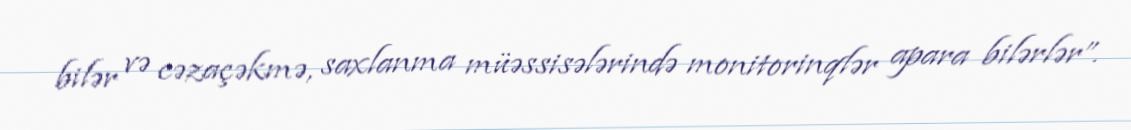
bilər və cəzaçəkmə, saxlanma müəssisələrində monitorinqlər apara bilərlər”.